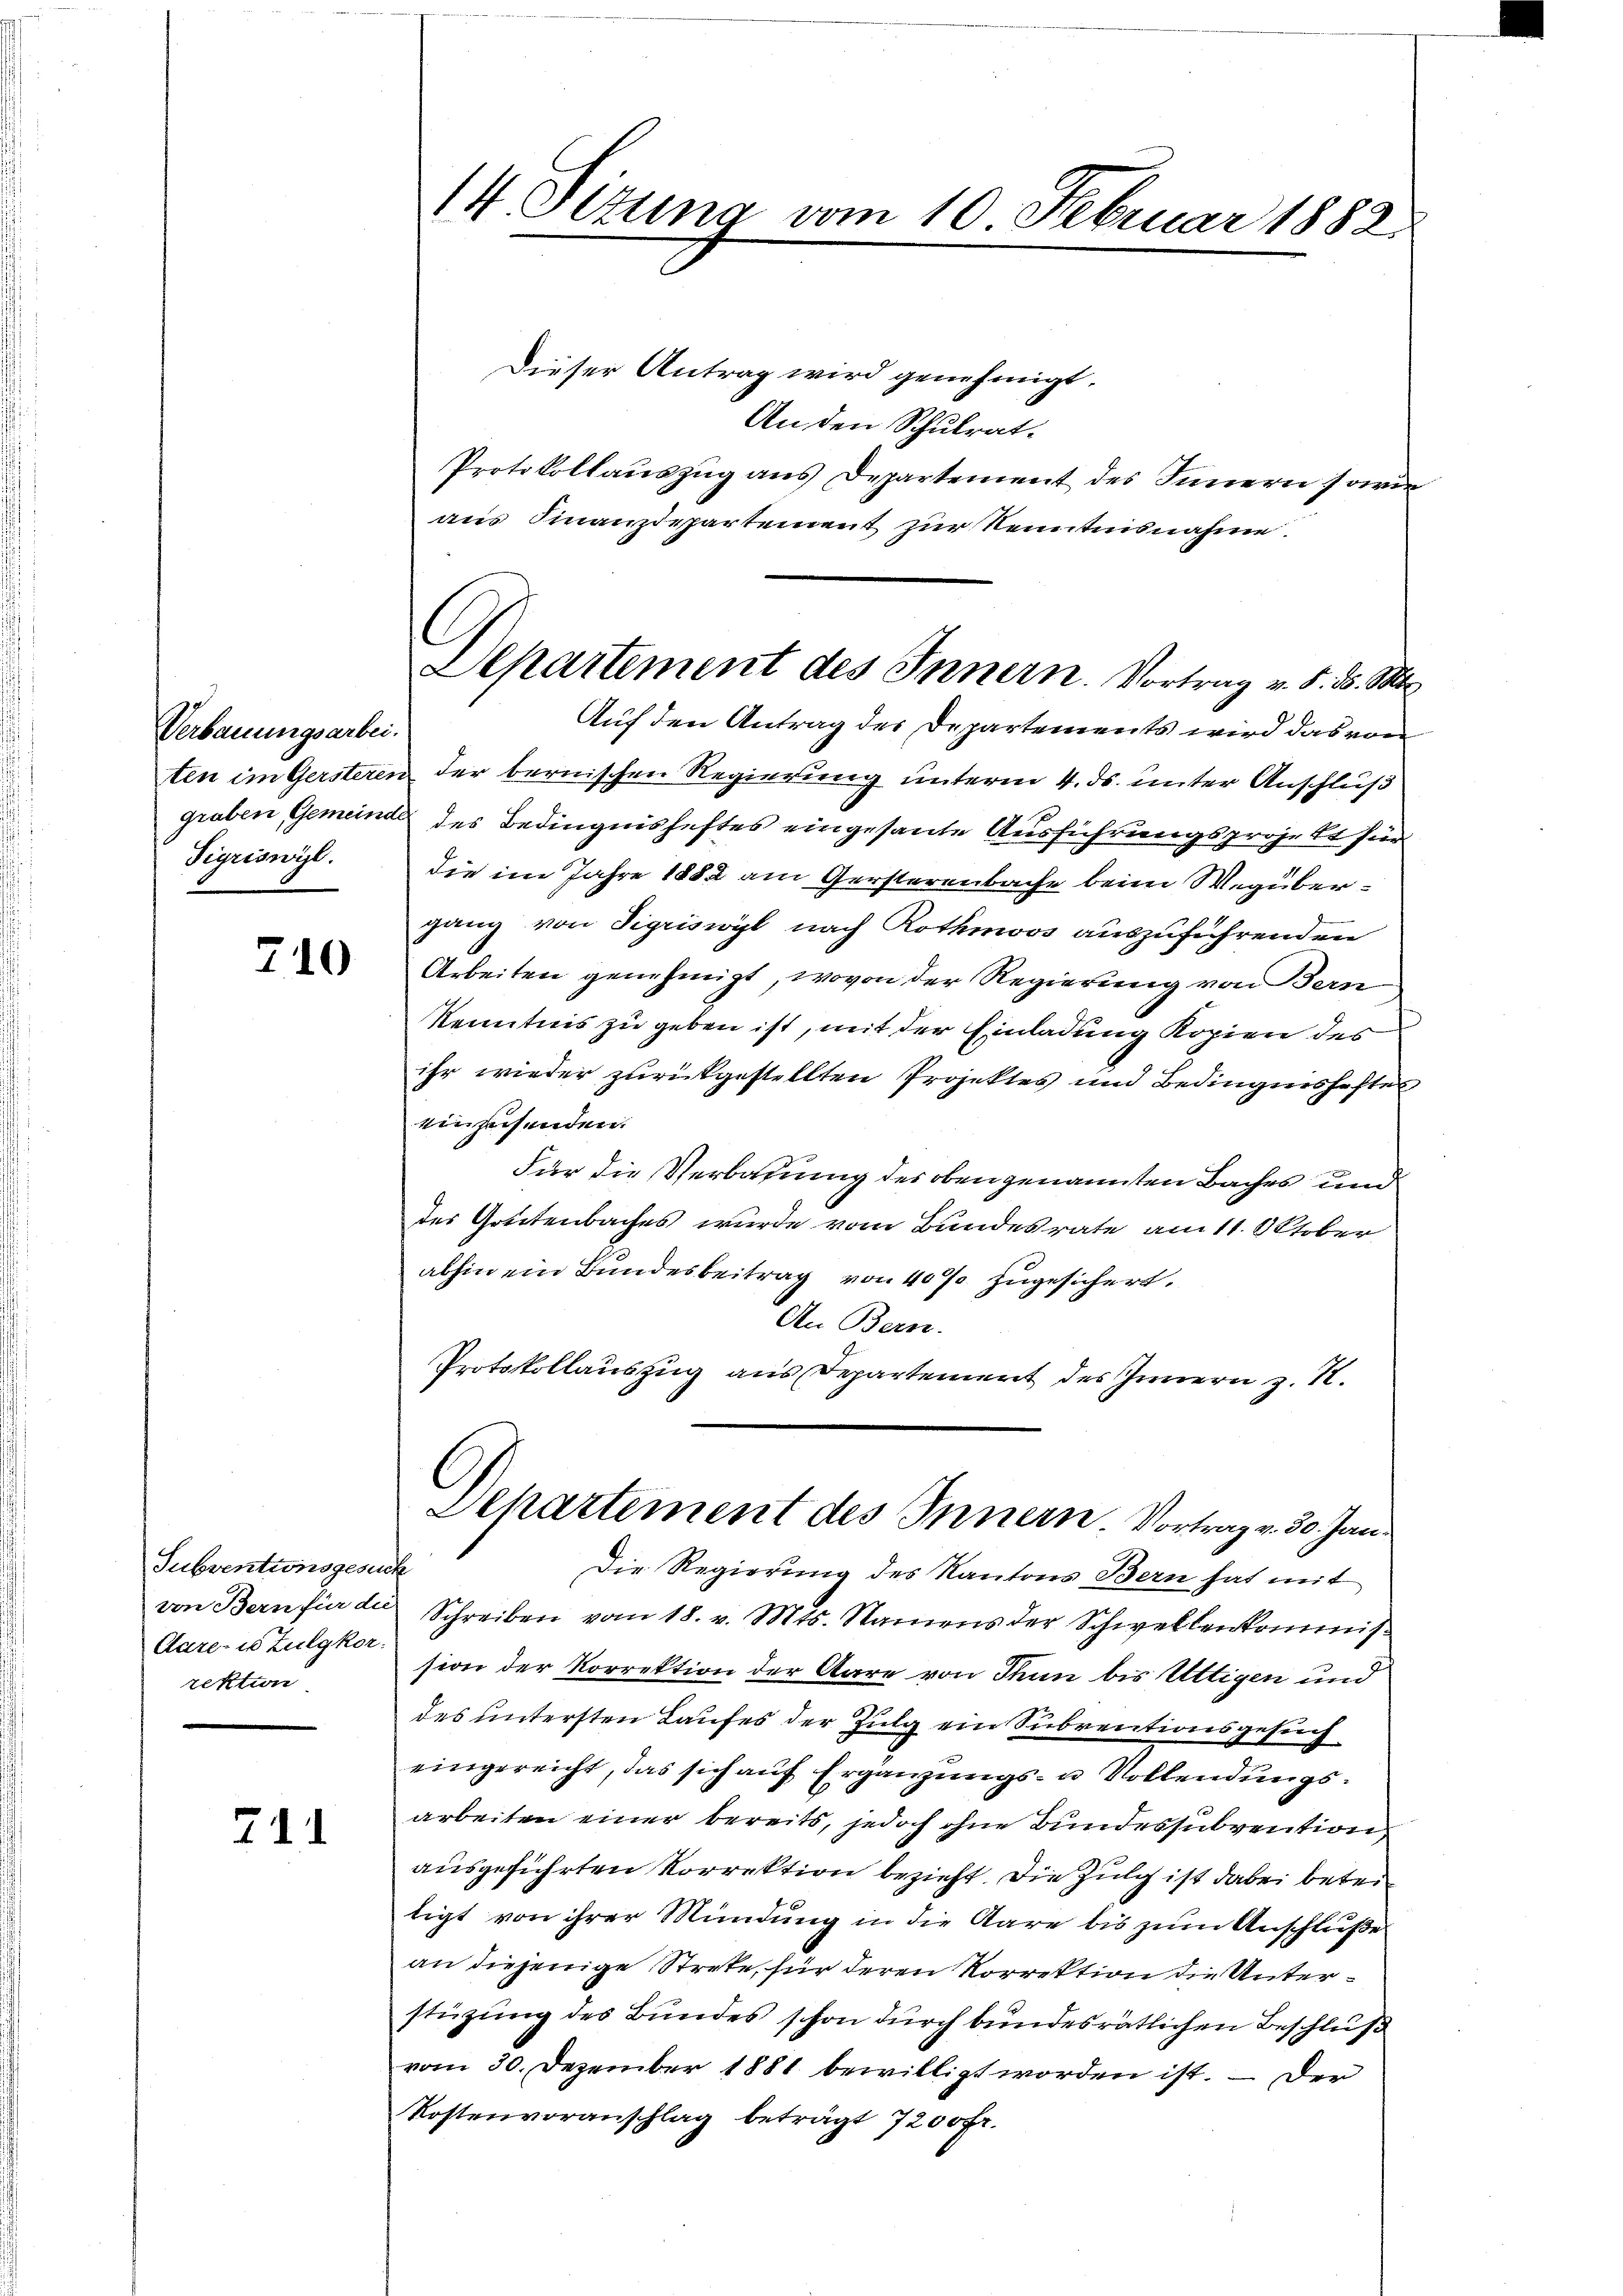
Verbauungsarbei.
Sigriswyl.

710

Subventionsgesuch
Care- es Zulgkor:
rektion

711

Dieser Antrag wird genehmigt.
An den Schulrat.
Protokollauszug aus Departement des Innern sowi
aus Finanzdepartement zur Kenntnisnahme.
Auf den Antrag der Departements wird das von
ten im Gersteren der bernischen Regierung unterm 4. ds. unter Anschluß
graben, Gemeinde des Bedingnishaftes eingesante Ausführungsprojekt für
die im Jahre 1882 am Gersterenbache beim Wegübergang von Sigriswyl nach Rothmoos auszuführenden
Arbeiten genehmigt, wovon der Regierung von Bern
Kenntnis zu geben ist, mit der Einladung Kopien des
ihr wieder zurückgestellten Projektes und Bedingnishafte
einzusenden.
Für die Verbauung des oben genannten Baches und
des Gottenbaches wurde vom Bundesrate am 11. Oktober
abhin ein Bundesbeitrag von 40% zugesichert.
An Bern.
Protokollauszug aus Departement des Innern z. R.
Departement des Innern. Vortrag v. 30. Jan
Die Regierung des Kantons Bern hat mit
von Bern für der Schreiben vom 18. v. Mts. Namens der Schwellenkommis
sion der Korrektion der Stare von Thun bis Uttigen und
des untersten Laufes der Zulg ein Subventionsgesuch
eingereicht, das sich auf Ergänzungs- u Vollendungsarbeiten einer bereits, jedoch ohne Bundessubvention
ausgeführten Korrektion bezieht. Die Zulg ist dabei betreitigt von ihrer Mündung in die Aare bis zum Anschluße
an diejenige Strete, für deren Korrektion die Unterstüzung des Bundes schon durch bundesrätlichen Beschluß
vom 30. Dezember 1881 bewilligt worden ist. — Der
Kostenvoranschlag beträgt 7200 fr.

14 Sitzung vom 10. Februar 1882

Departement des Innern. Vortrag v. d. 8. M